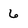
Character: 6